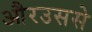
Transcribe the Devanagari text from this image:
औरउससे